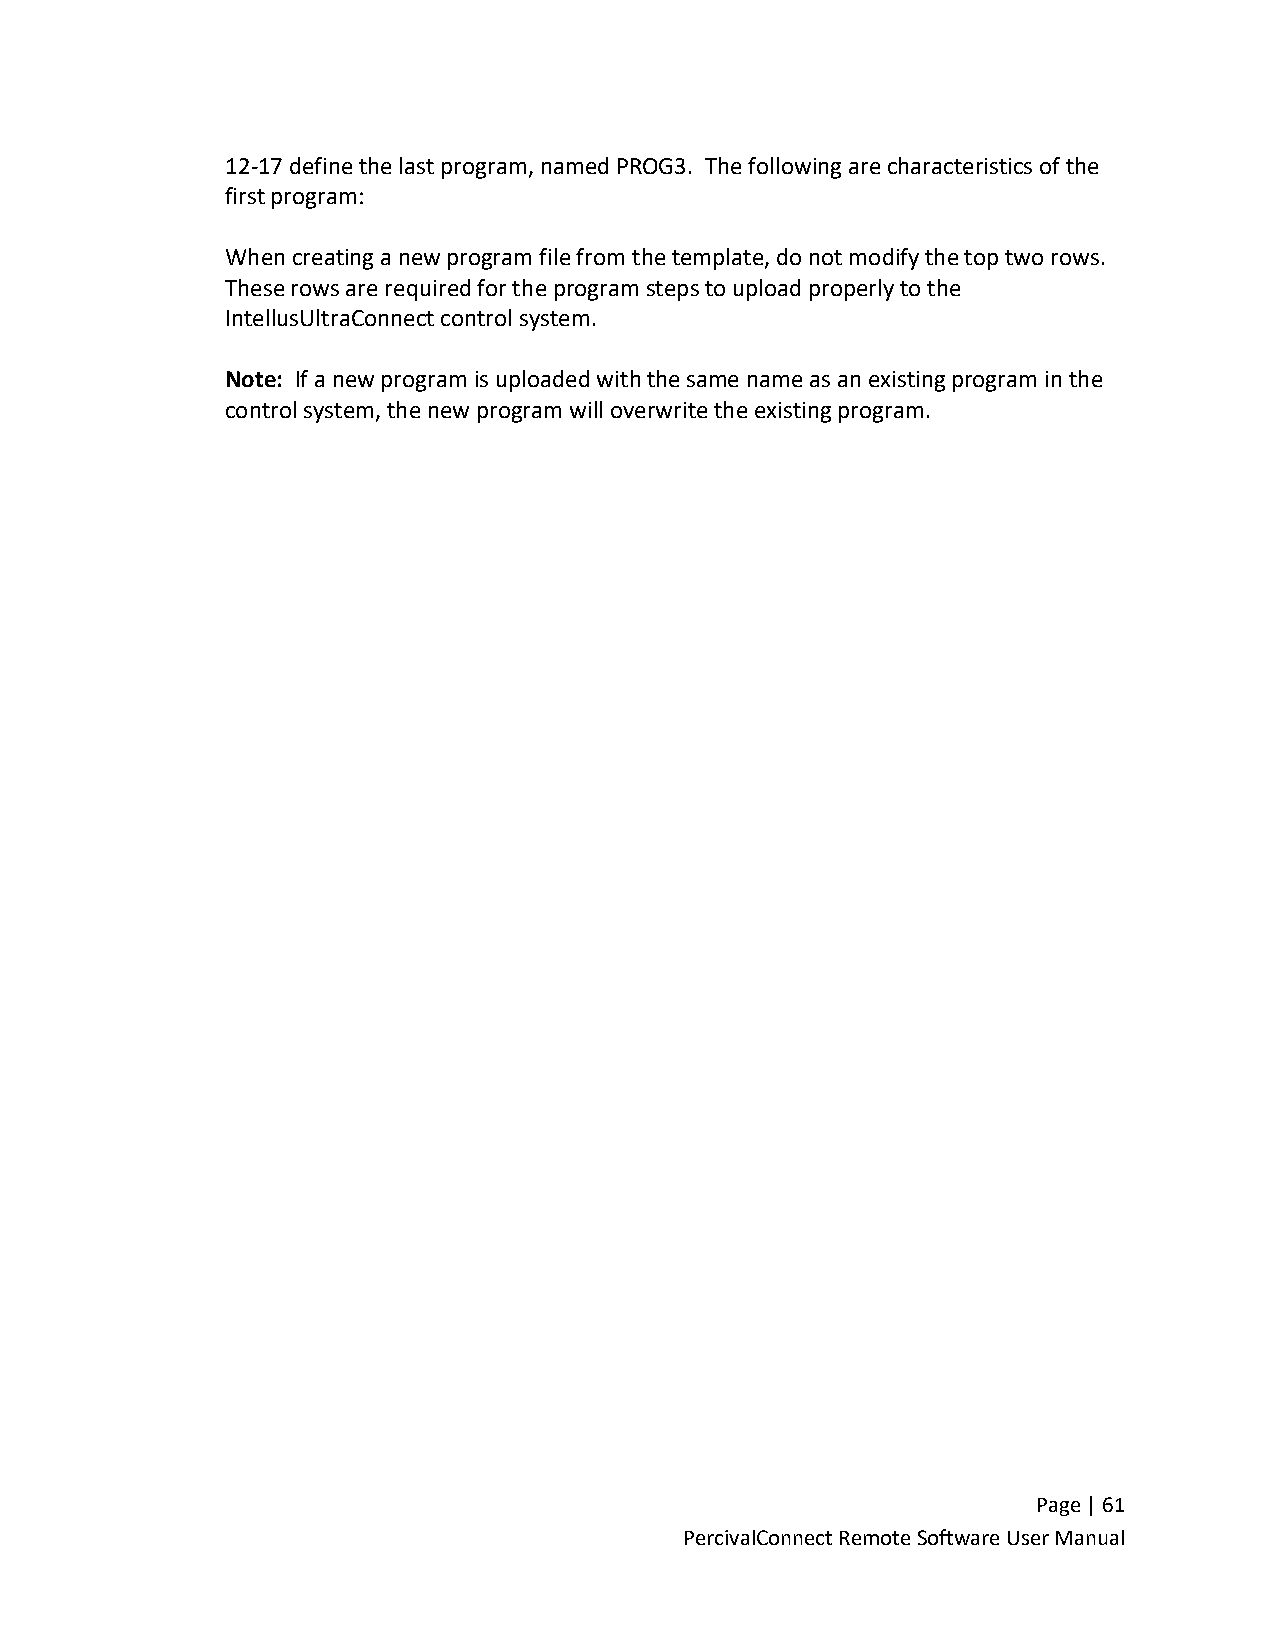
12-17 define the last program, named PROG3. The following are characteristics of the
 first program:
 When creating a new program file from the template, do not modify the top two rows.
 These rows are required for the program steps to upload properly to the
 IntellusUltraConnect control system.
 Note: If a new program is uploaded with the same name as an existing program in the
 control system, the new program will overwrite the existing program.
 Page | 61
 PercivalConnect Remote Software User Manual